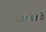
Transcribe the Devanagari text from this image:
फ्रांन्समध्ये